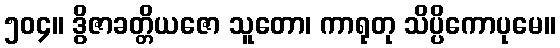
၅၀၄။ ဒွိဇာခတ္တိယဇော သူတော၊ ကာရုတု သိပ္ပိကောပုမေ။